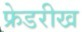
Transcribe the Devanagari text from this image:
फ्रेडरीख